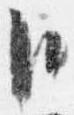
臣